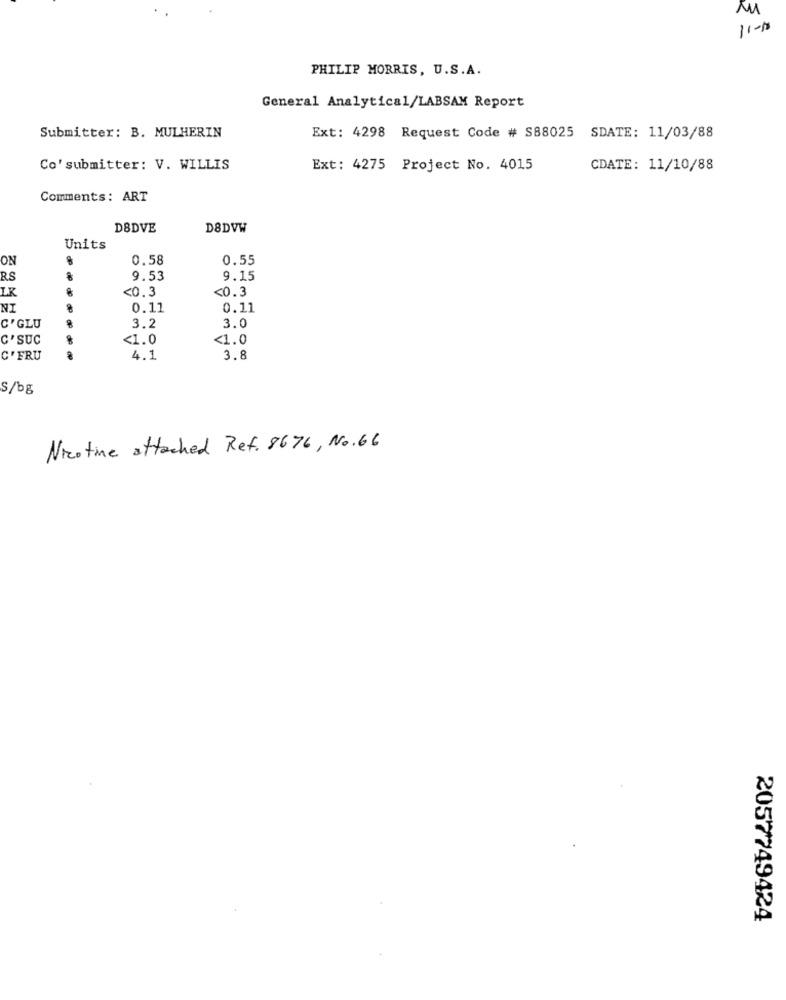
11-10
PHILIP MORRIS, U.S.A.
General Analytical/LABSAM Report
Submitter: B. MULHERIN
Ext: 4298 Request Code # S88025 SDATE: 11/03/88
Co' submitter: V. WILLIS
Ext: 4275 Project No. 4015
CDATE: 11/10/88
Comments: ART
DBDVE
D8DVW
Units
ON
0.58
0.55
RS
9.53
9.15
LK
<0. 3
<0.3
NI
0.11
0.11
3.2
3.0
C'GLU
C'SUC
<1.0
<1.0
C' FRU
4.1
3.8
S/bg
Nicotine attached Ref. 8676, No.66
2057749424